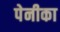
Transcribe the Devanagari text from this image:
पेनीका